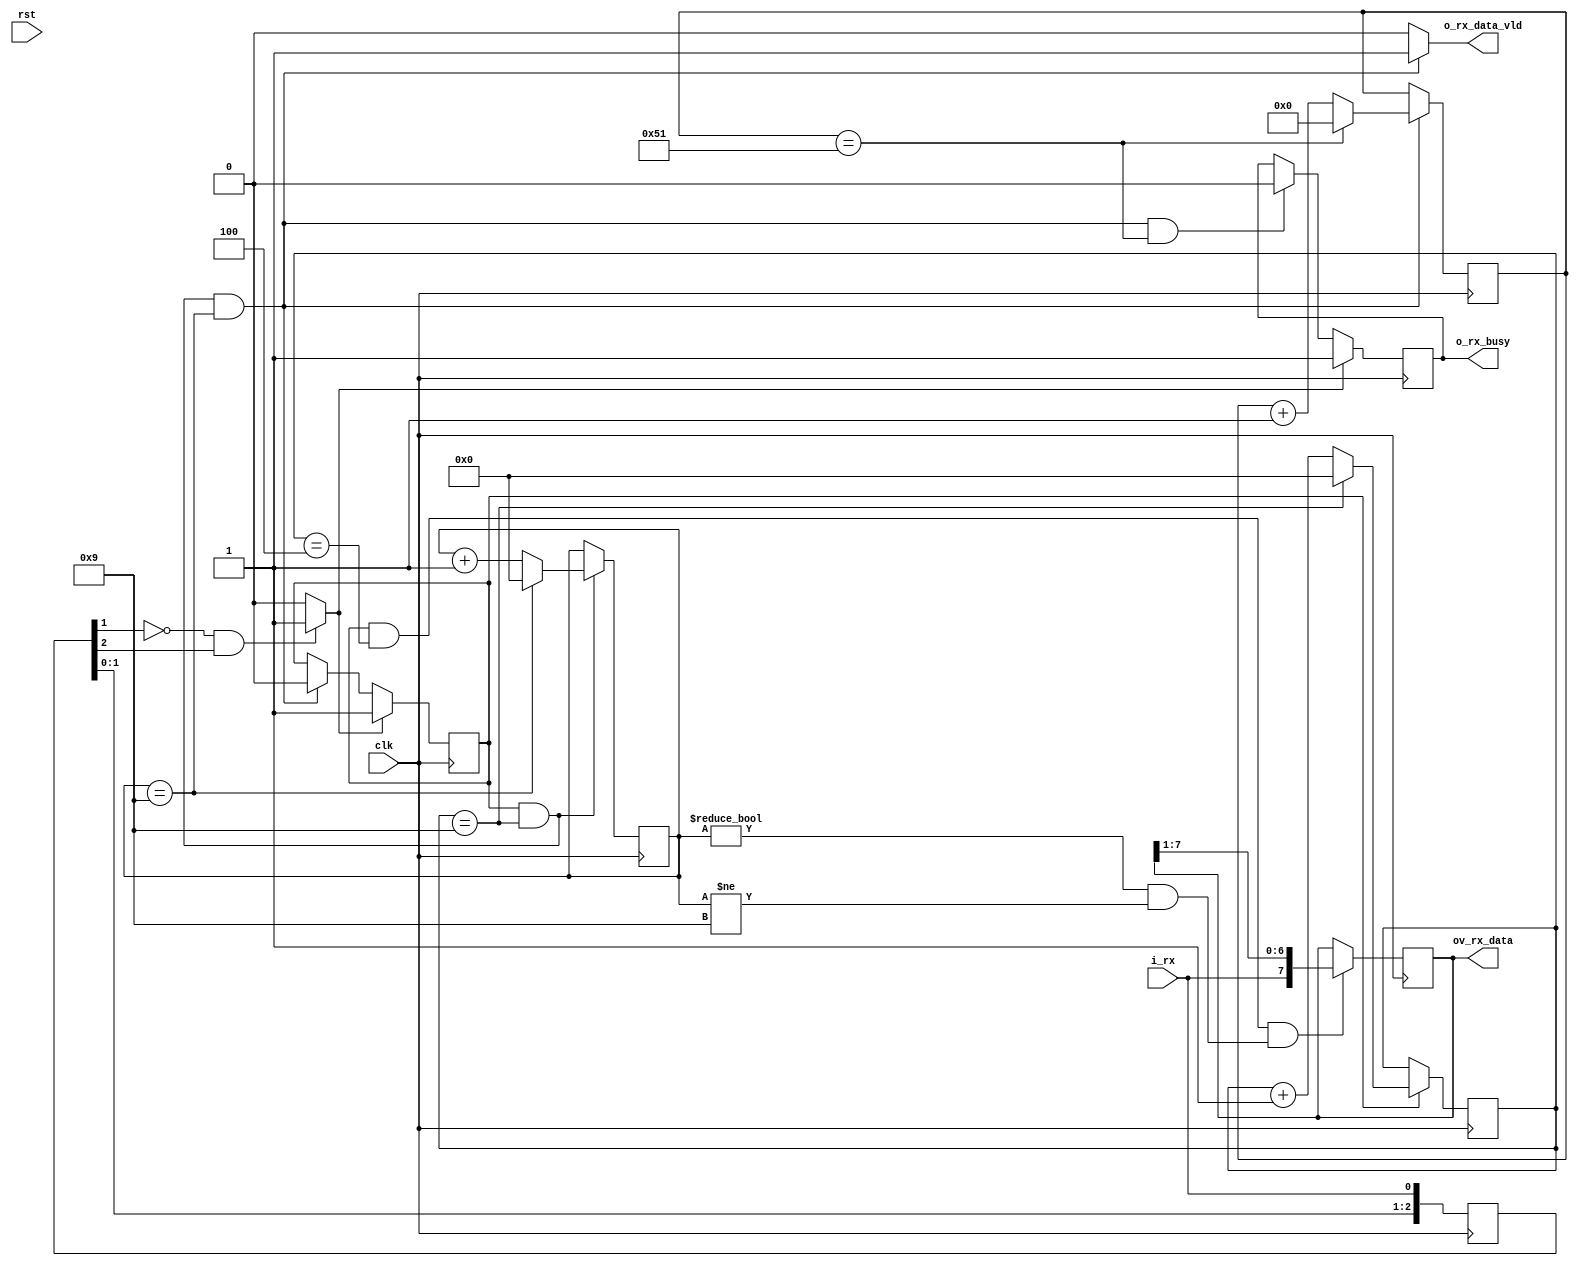
//	********************************************************************************
//	uart_rx
//	  
//		
//	********************************************************************************
module uart_rx # (
	
	//	
	parameter	IS_SIM				= "TRUE"		,	//	"TRUE" "FALSE"
	parameter	BAUD_RATE			= "115200"		,	//	"9600" "115200"
	parameter	UART_DATA_WID		= 8				,	//	8
	parameter	UART_RX_DATA_NUM	= 82				//	82
	)                                                       	
	(                                                       	
	                                                        	
	//	                                        	
	input							clk				,	//	
	input							rst				,	//	clk

	//	     
	input							i_rx			,	//	
	output	[UART_DATA_WID	-1:0]	ov_rx_data		,	//	clk
	output							o_rx_data_vld	,	//	clk	
	output							o_rx_busy			//	clk
	);
	
	
	//  ===============================================================================================
	//	
	//  ===============================================================================================
	//  -------------------------------------------------------------------------------------
	//	
	//  -------------------------------------------------------------------------------------
	//	-----------------------------------------------------------------
	//	
	//	164log2(16)=4
	//	-----------------------------------------------------------------
	function integer log2;
		
		//	
		input	integer	data;
		
		//	 
		integer data_tmp;
		
		//	  
		begin
			data_tmp = data - 1;
			for (log2=0; data_tmp>0; log2=log2+1) begin
				data_tmp = data_tmp >> 1;
			end
		end
	endfunction
	
	//  -------------------------------------------------------------------------------------
	//	
	//  -------------------------------------------------------------------------------------
//	//	175MHz
//	localparam	BAUD_RATE_CNT_NUM		= (IS_SIM	 == "TRUE"	) ? 10		:
//										  (BAUD_RATE == "115200") ? 1519	: 
//										  (BAUD_RATE == "9600"  ) ? 18229	: 18229	;	//	
	
	//	100MHz
	localparam	BAUD_RATE_CNT_NUM		= (IS_SIM	 == "TRUE"	) ? 10		:
										  (BAUD_RATE == "115200") ? 868		: 
										  (BAUD_RATE == "9600"  ) ? 10416	: 10416	;	//	
	localparam	BAUD_RATE_CNT_WID		= log2(BAUD_RATE_CNT_NUM)					;	//	
	localparam	HALF_BAUD_RATE_CNT_NUM	= BAUD_RATE_CNT_NUM / 2						;	//	
	localparam	BIT_CNT_NUM				= UART_DATA_WID + 2							;	//	bit
	localparam	BIT_CNT_WID				= log2(BIT_CNT_NUM)							;	//	bit
	localparam	BYTE_CNT_NUM			= UART_RX_DATA_NUM							;	//	byte
	localparam	BYTE_CNT_WID			= log2(BYTE_CNT_NUM)						;	//	byte
	
	//  -------------------------------------------------------------------------------------
	//	
	//  -------------------------------------------------------------------------------------
	//		
	reg		[3					-1:0]	rx_dly			= 3'b111;	//	clk1	
	wire								rx_fall					;	//	clk
	
	//	
	reg									rx_en			= 1'b0	;	//	clk
	reg		[BAUD_RATE_CNT_WID	-1:0]	baud_rate_cnt	= 'b0	;	//	clk
	reg		[BIT_CNT_WID		-1:0]	bit_cnt			= 'b0	;	//	clkbit
	reg		[BYTE_CNT_WID		-1:0]	byte_cnt		= 'b0	;	//	clkbyte
	reg		[UART_DATA_WID		-1:0]	rx_data			= 'b0	;	//	clk
	reg									rx_busy			= 1'b0	;	//	clk
	
		
	//  ===============================================================================================
	//	
	//  ===============================================================================================	
	//  -------------------------------------------------------------------------------------
	//	
	//  -------------------------------------------------------------------------------------
	always @ (posedge clk) begin
		rx_dly <= {rx_dly, i_rx};
	end
	
	//  -------------------------------------------------------------------------------------
	//	
	//  -------------------------------------------------------------------------------------
	assign rx_fall = ((rx_dly[1] == 1'b0) && (rx_dly[2] == 1'b1)) ? 1'b1 : 1'b0;
	
	
	//  ===============================================================================================
	//	
	//  ===============================================================================================	
	//  -------------------------------------------------------------------------------------
	//	
	//  -------------------------------------------------------------------------------------
	always @ (posedge clk) begin
		
		//	
		if(rx_fall == 1'b1) begin
			rx_en <= 1'b1;
		end
		
		//	byte
		else if((rx_en == 1'b1) && (baud_rate_cnt == (BAUD_RATE_CNT_NUM - 1'b1)) && (bit_cnt == (BIT_CNT_NUM - 1'b1))) begin
			rx_en <= 1'b0;
		end
	end
	
	//  -------------------------------------------------------------------------------------
	//	
	//  -------------------------------------------------------------------------------------
	always @ (posedge clk) begin
		
		//	
		if(rx_en == 1'b1) begin
			
			//	
			if(baud_rate_cnt == (BAUD_RATE_CNT_NUM - 1'b1)) begin
				baud_rate_cnt <= 'b0;
			end
			
			//	
			else begin
				baud_rate_cnt <= baud_rate_cnt + 1'b1;
			end
		end
	end
	
	//  -------------------------------------------------------------------------------------
	//	bit
	//  -------------------------------------------------------------------------------------
	always @ (posedge clk) begin
		
		//	
		if((rx_en == 1'b1) && (baud_rate_cnt == (BAUD_RATE_CNT_NUM - 1'b1))) begin
			
			//	
			if(bit_cnt == (BIT_CNT_NUM - 1'b1)) begin
				bit_cnt <= 'b0;
			end
			
			//	
			else begin
				bit_cnt <= bit_cnt + 1'b1;
			end
		end
	end
	
	//  -------------------------------------------------------------------------------------
	//	byte
	//  -------------------------------------------------------------------------------------
	always @ (posedge clk) begin
		
		//	bit
		if((rx_en == 1'b1) && (baud_rate_cnt == (BAUD_RATE_CNT_NUM - 1'b1)) && (bit_cnt == (BIT_CNT_NUM - 1'b1))) begin
			
			//	
			if(byte_cnt == (BYTE_CNT_NUM - 1'b1)) begin
				byte_cnt <= 'b0;
			end
			
			//	
			else begin
				byte_cnt <= byte_cnt + 1'b1;
			end
		end
	end
	
	//  -------------------------------------------------------------------------------------
	//	
	//	0 + LSB + MSB + 1
	//  -------------------------------------------------------------------------------------
	always @ (posedge clk) begin
		
		//	bit
		if((rx_en == 1'b1) && (baud_rate_cnt == (HALF_BAUD_RATE_CNT_NUM - 1'b1)) && ((bit_cnt != 'b0) && (bit_cnt != (BIT_CNT_NUM - 1'b1)))) begin
			rx_data <= {i_rx, rx_data[UART_DATA_WID-1 : 1]};
		end
	end
	
	assign ov_rx_data = rx_data;
	
	//  -------------------------------------------------------------------------------------
	//	
	//	bit
	//  -------------------------------------------------------------------------------------
	assign o_rx_data_vld = ((rx_en == 1'b1) && (baud_rate_cnt == (BAUD_RATE_CNT_NUM - 1'b1)) && (bit_cnt == (BIT_CNT_NUM - 1'b1))) ? 1'b1 : 1'b0;	
	
	//  -------------------------------------------------------------------------------------
	//	
	//  -------------------------------------------------------------------------------------
	always @ (posedge clk) begin
		
		//	
		if(rx_fall == 1'b1) begin
			rx_busy <= 1'b1;
		end
		
		//	byte
		else if((rx_en == 1'b1) && (baud_rate_cnt == (BAUD_RATE_CNT_NUM - 1'b1)) && (bit_cnt == (BIT_CNT_NUM - 1'b1)) && (byte_cnt == (BYTE_CNT_NUM - 1'b1))) begin
			rx_busy <= 1'b0;
		end
	end
	
	assign o_rx_busy = rx_busy;
	
endmodule